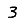
Digit: 3